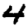
Digit: 4